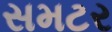
સમટર